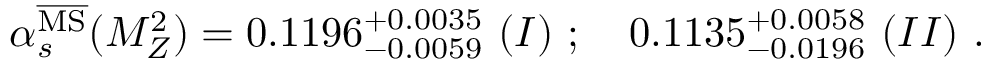
\alpha _ { s } ^ { { \overline { { \mathrm { M S } } } } } ( M _ { Z } ^ { 2 } ) = 0 . 1 1 9 6 _ { - 0 . 0 0 5 9 } ^ { + 0 . 0 0 3 5 } \ ( I ) \ ; \quad 0 . 1 1 3 5 _ { - 0 . 0 1 9 6 } ^ { + 0 . 0 0 5 8 } \ ( I I ) \ .